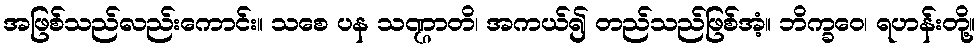
အဖြစ်သည်လည်းကောင်း။ သစေ ပန သဏ္ဌာတိ၊ အကယ်၍ တည်သည်ဖြစ်အံ့။ ဘိက္ခဝေ၊ ရဟန်းတို့။